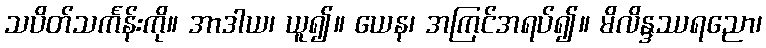
သပိတ်သင်္ကန်းကို။ အာဒါယ၊ ယူ၍။ ယေန၊ အကြင်အရပ်၍။ မိလိန္ဒဿရညော၊